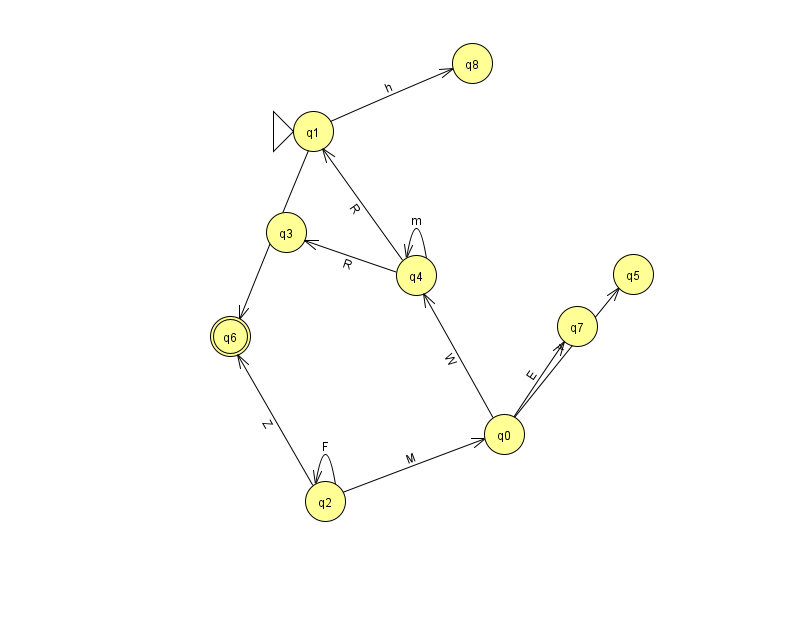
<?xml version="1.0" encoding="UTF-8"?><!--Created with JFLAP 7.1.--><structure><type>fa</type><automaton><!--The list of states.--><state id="0" name="q0"><x>504.0</x><y>421.0</y></state><state id="1" name="q1"><x>313.0</x><y>118.0</y><initial/></state><state id="2" name="q2"><x>325.0</x><y>488.0</y></state><state id="3" name="q3"><x>286.0</x><y>219.0</y></state><state id="4" name="q4"><x>416.0</x><y>262.0</y></state><state id="5" name="q5"><x>633.0</x><y>261.0</y></state><state id="6" name="q6"><x>230.0</x><y>323.0</y><final/></state><state id="7" name="q7"><x>577.0</x><y>313.0</y></state><state id="8" name="q8"><x>472.0</x><y>50.0</y></state><!--The list of transitions.--><transition><from>1</from><to>8</to><read>h</read></transition><transition><from>4</from><to>3</to><read>R</read></transition><transition><from>1</from><to>6</to><read>B</read></transition><transition><from>2</from><to>2</to><read>F</read></transition><transition><from>4</from><to>1</to><read>R</read></transition><transition><from>2</from><to>0</to><read>M</read></transition><transition><from>0</from><to>4</to><read>W</read></transition><transition><from>0</from><to>7</to><read>E</read></transition><transition><from>4</from><to>4</to><read>m</read></transition><transition><from>0</from><to>5</to><read>v</read></transition><transition><from>2</from><to>6</to><read>Z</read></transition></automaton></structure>